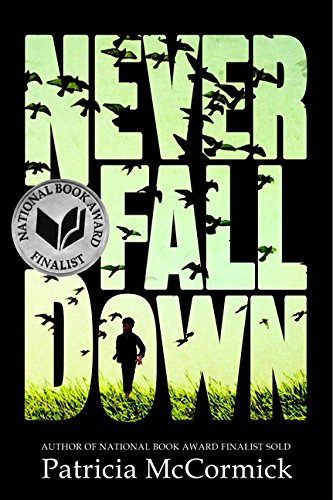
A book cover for Never Fall Down: A Novel; Patricia McCormick; Teen & Young Adult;